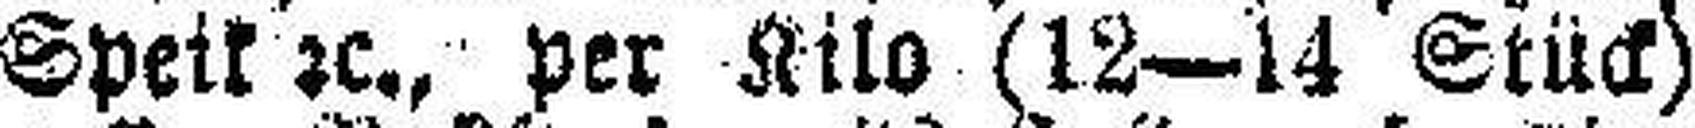
Speik 2c., per Kilo (12—14 Stück)